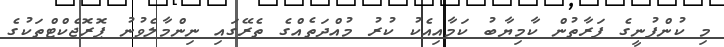
މި ކުންފުނީގެ ފަރާތުން ކާމިޔާބު ކަމާއިއެކު ކުރު މުއްދަތެއްގެ ތެރޭގައި ނިންމާލެވުނު ޕޮރޮޖެކްޓްތަކުގެ